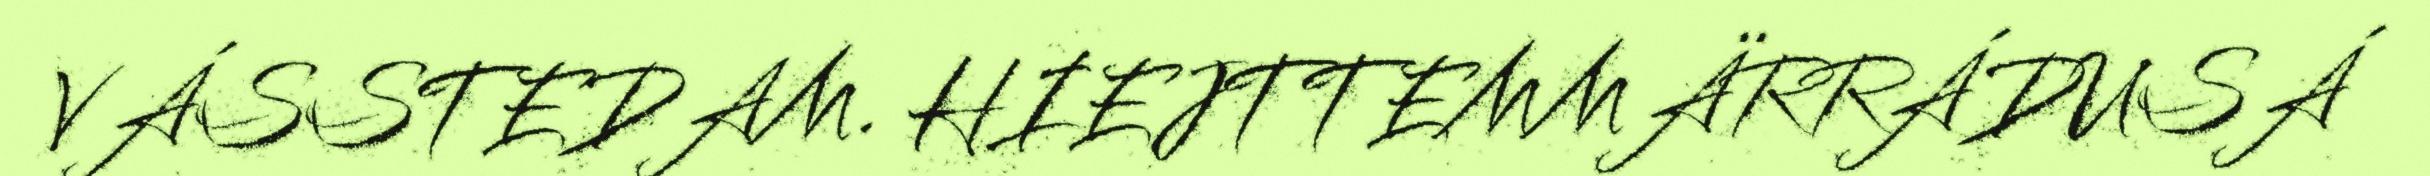
VÁSSTEDAM. HIEJTTEMMÄRRÁDUSÁ